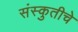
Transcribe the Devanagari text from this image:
संस्कुतीचे